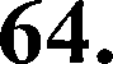
64.